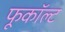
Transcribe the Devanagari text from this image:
फूकॉल्ट